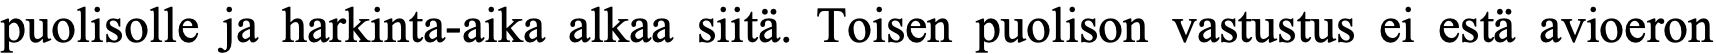
puolisolle ja harkinta-aika alkaa siitä. Toisen puolison vastustus ei estä avioeron